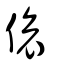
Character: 偯